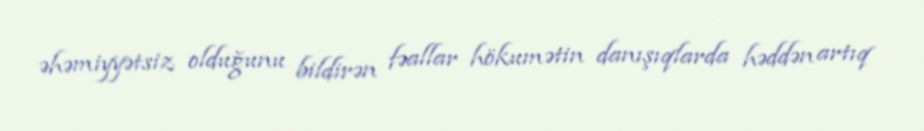
əhəmiyyətsiz olduğunu bildirən fəallar hökumətin danışıqlarda həddən artıq